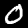
Label: 0